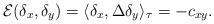
LaTeX: \begin{gather*}{\mathcal E}(\delta_x, \delta_y)=\langle\delta_x,\Delta\delta_y\rangle_\tau=-c_{xy}.\end{gather*}